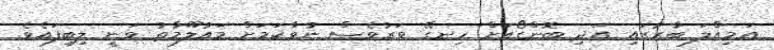
އަމިއްލަ ބާރުގައި އަދި ބޮންގޯއަށް ހިނގޭ ވަރުވެސް ނުވާކަމަށް މައުލޫމާތު ވަނީ ލިބިފައެވެ.